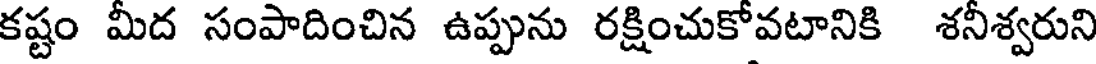
కష్టం మీద సంపాదించిన ఉప్పును రక్షించుకోవటానికి శనీశ్వరుని